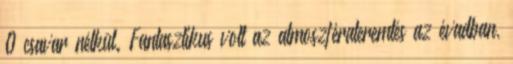
0 csavar nélkül. Fantasztikus volt az atmoszférateremtés az évadban,